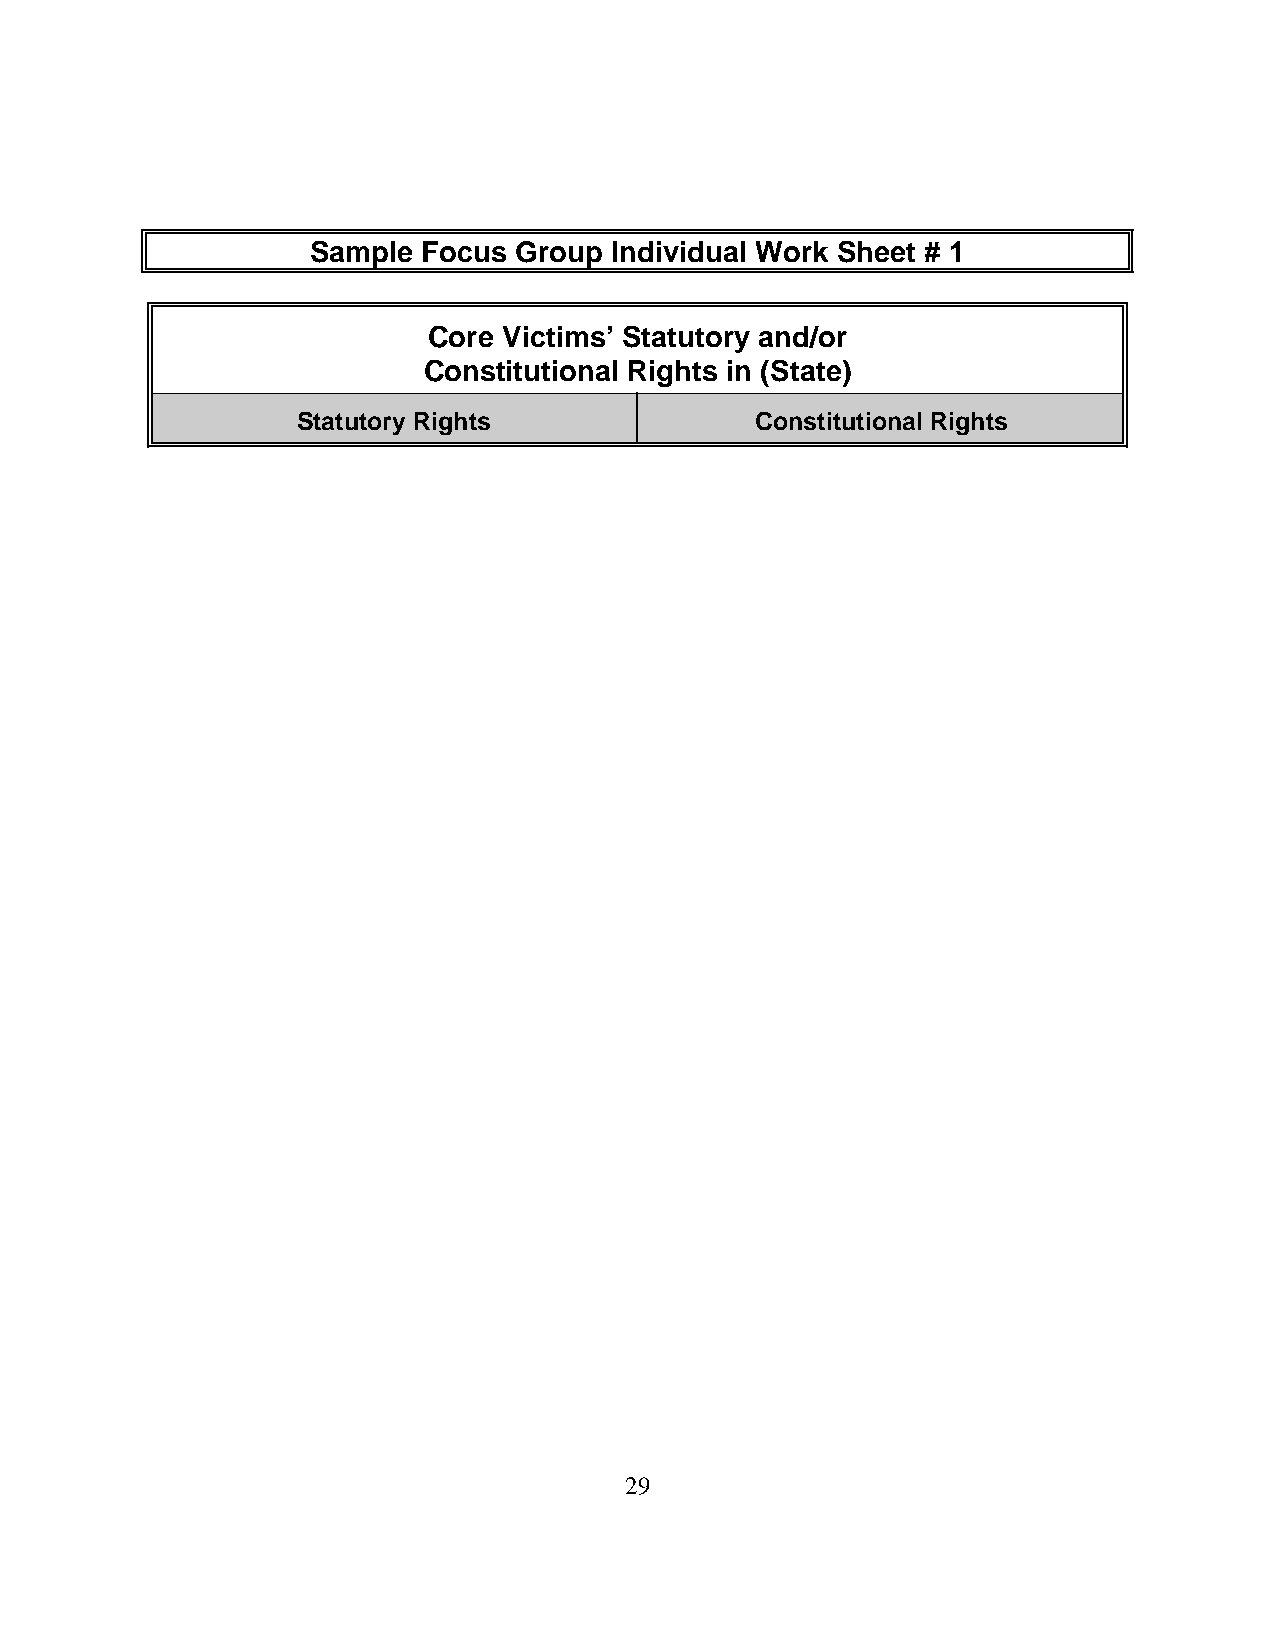
Sample Focus Group Individual Work Sheet # 1
 Core Victims’ Statutory and/or
 Constitutional Rights in (State)
 Statutory Rights              Constitutional Rights
 29